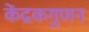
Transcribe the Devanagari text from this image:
केंद्रकगुणन